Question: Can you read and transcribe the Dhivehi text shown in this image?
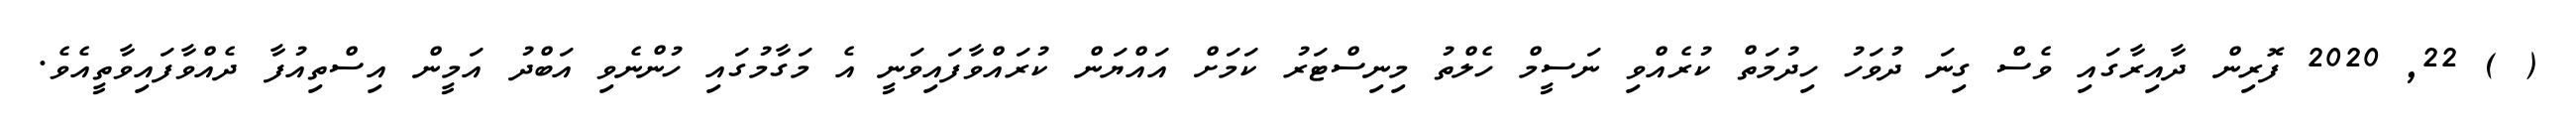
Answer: ( ) 22, 2020 ފޮރިން ދާއިރާގައި ވެސް ގިނަ ދުވަހު ހިދުމަތް ކުރެއްވި ނަސީމް ހެލްތު މިނިސްޓަރު ކަމަށް އައްޔަން ކުރައްވާފައިވަނީ އެ މަގާމުގައި ހުންނެވި އަބްދު އަމީން އިސްތިއުފާ ދެއްވާފައިވާތީއެވެ.